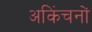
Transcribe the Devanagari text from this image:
अकिंचनों